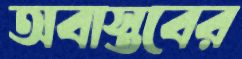
অবাস্তবের